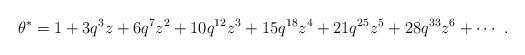
LaTeX: \begin{align*}\theta ^*=1+3q^3z+6q^7z^2+10q^{12}z^3+15q^{18}z^4+21q^{25}z^5+28q^{33}z^6+\cdots ~.\end{align*}